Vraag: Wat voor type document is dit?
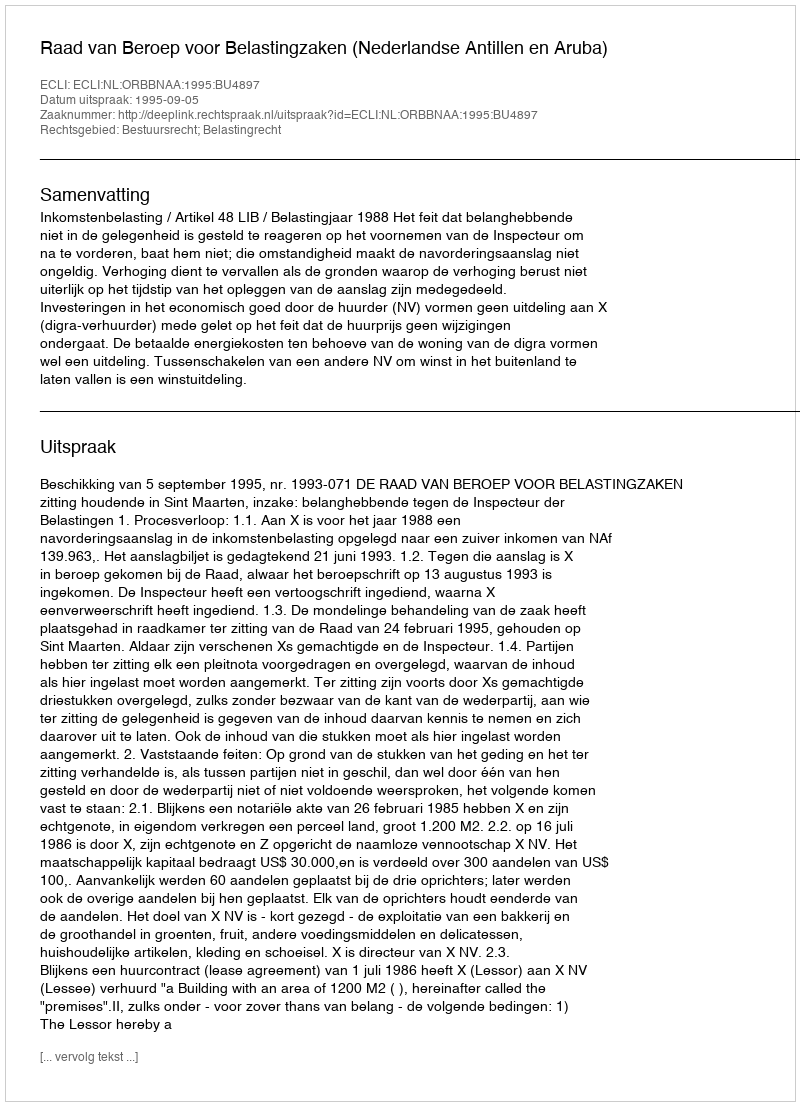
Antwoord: Uitspraak